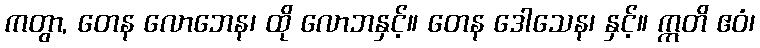
ကတွာ, တေန လောဘေန၊ ထို လောဘနှင့်။ တေန ဒေါသေန၊ နှင့်။ ဣတိ ဧဝံ၊